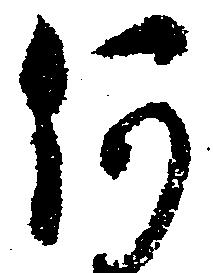
何